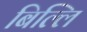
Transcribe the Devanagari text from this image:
बिल्लि